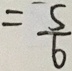
= \frac { 5 } { 6 }